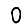
Digit: 0